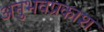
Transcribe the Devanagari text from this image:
अनुभवप्रकाश